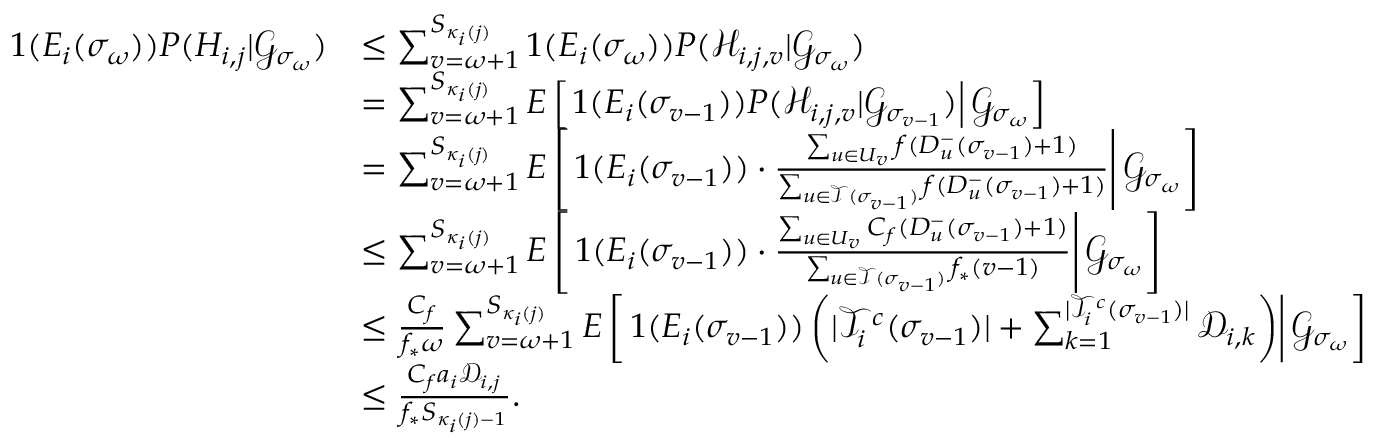
\begin{array} { r l } { 1 ( E _ { i } ( \sigma _ { \omega } ) ) P ( H _ { i , j } | \mathscr { G } _ { \sigma _ { \omega } } ) } & { \leq \sum _ { v = \omega + 1 } ^ { S _ { \kappa _ { i } ( j ) } } 1 ( E _ { i } ( \sigma _ { \omega } ) ) P ( \mathcal { H } _ { i , j , v } | \mathscr { G } _ { \sigma _ { \omega } } ) } \\ & { = \sum _ { v = \omega + 1 } ^ { S _ { \kappa _ { i } ( j ) } } E \left[ \left. 1 ( E _ { i } ( \sigma _ { v - 1 } ) ) P ( \mathcal { H } _ { i , j , v } | \mathscr { G } _ { \sigma _ { v - 1 } } ) \right| \mathscr { G } _ { \sigma _ { \omega } } \right] } \\ & { = \sum _ { v = \omega + 1 } ^ { S _ { \kappa _ { i } ( j ) } } E \left[ \left. 1 ( E _ { i } ( \sigma _ { v - 1 } ) ) \cdot \frac { \sum _ { u \in U _ { v } } f ( D _ { u } ^ { - } ( \sigma _ { v - 1 } ) + 1 ) } { \sum _ { u \in \mathcal { T } ( \sigma _ { v - 1 } ) } f ( D _ { u } ^ { - } ( \sigma _ { v - 1 } ) + 1 ) } \right| \mathscr { G } _ { \sigma _ { \omega } } \right] } \\ & { \leq \sum _ { v = \omega + 1 } ^ { S _ { \kappa _ { i } ( j ) } } E \left[ \left. 1 ( E _ { i } ( \sigma _ { v - 1 } ) ) \cdot \frac { \sum _ { u \in U _ { v } } C _ { f } ( D _ { u } ^ { - } ( \sigma _ { v - 1 } ) + 1 ) } { \sum _ { u \in \mathcal { T } ( \sigma _ { v - 1 } ) } f _ { * } ( v - 1 ) } \right| \mathscr { G } _ { \sigma _ { \omega } } \right] } \\ & { \leq \frac { C _ { f } } { f _ { * } \omega } \sum _ { v = \omega + 1 } ^ { S _ { \kappa _ { i } ( j ) } } E \left[ \left. 1 ( E _ { i } ( \sigma _ { v - 1 } ) ) \left( | \mathcal { T } _ { i } ^ { c } ( \sigma _ { v - 1 } ) | + \sum _ { k = 1 } ^ { | \mathcal { T } _ { i } ^ { c } ( \sigma _ { v - 1 } ) | } \mathcal { D } _ { i , k } \right) \right| \mathscr { G } _ { \sigma _ { \omega } } \right] } \\ & { \leq \frac { C _ { f } a _ { i } \mathcal { D } _ { i , j } } { f _ { * } S _ { \kappa _ { i } ( j ) - 1 } } . } \end{array}